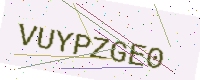
Text: VUYPZGE0